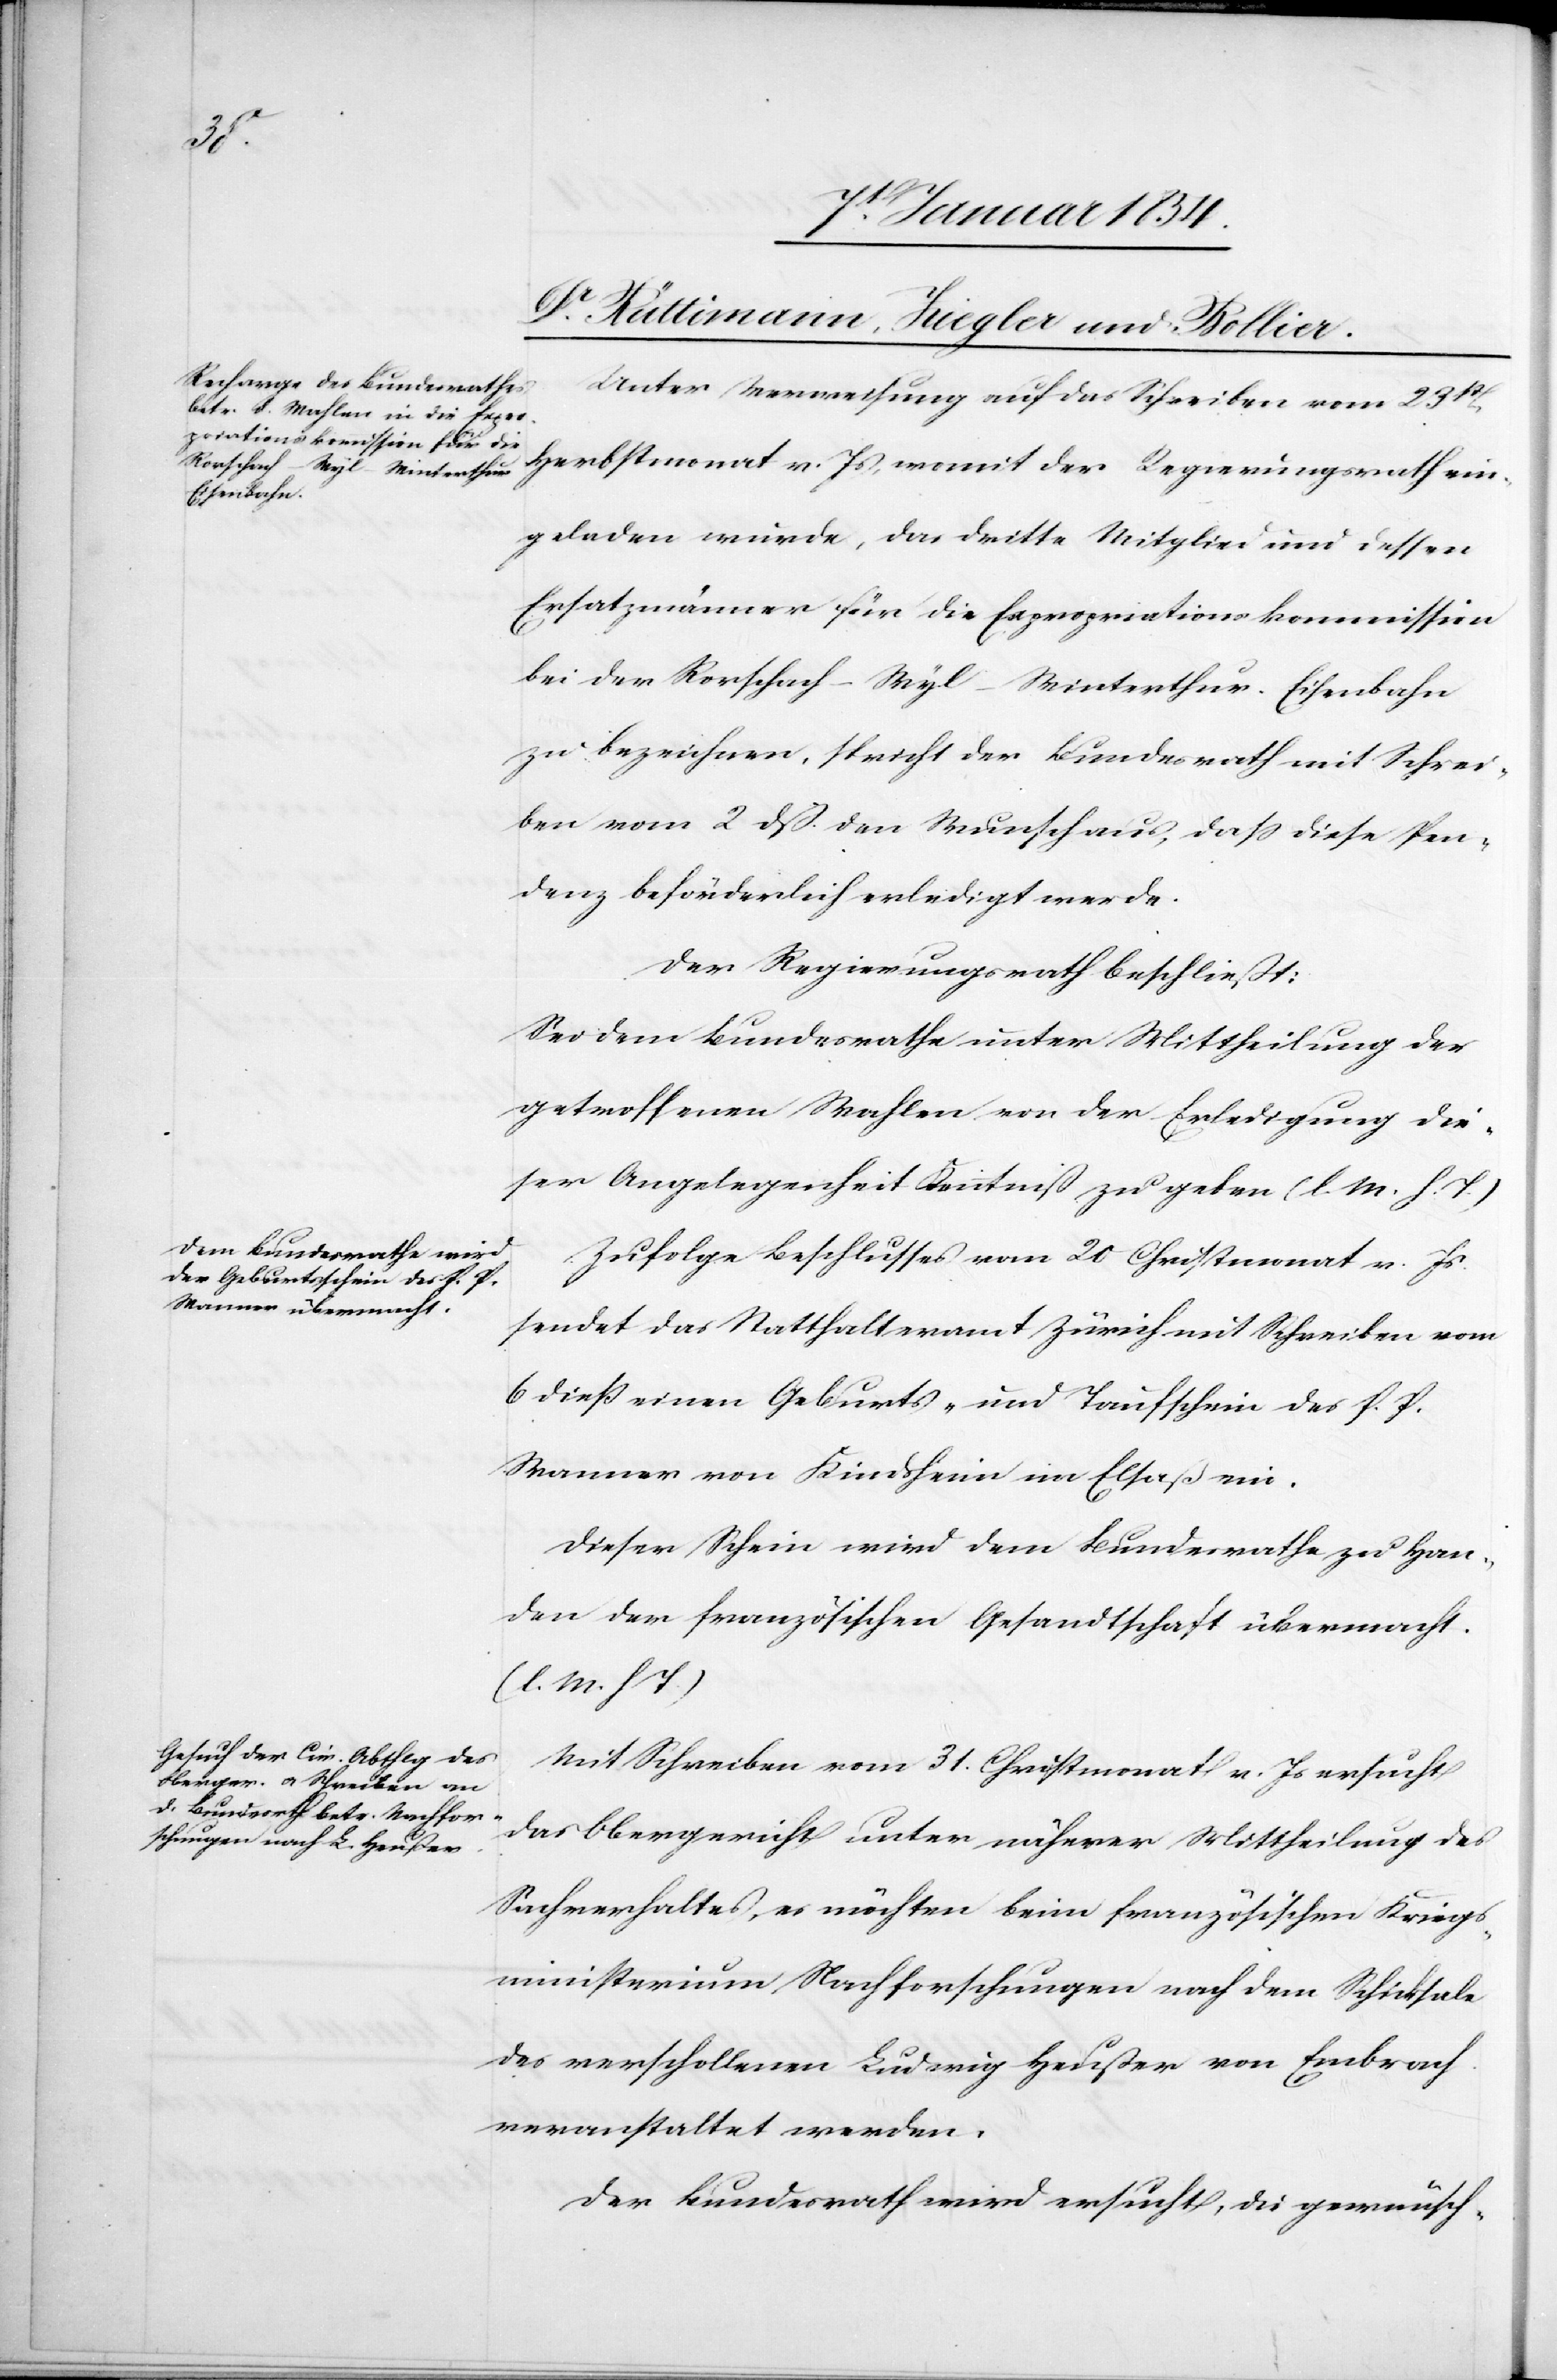
Unter Verweisung auf das Schreiben vom 23st[en]
Herbstmonat v. Js, womit der Regierungsrath ein¬
geladen wurde, das dritte Mitglied und dessen
Ersatzmänner für die Expropriationskommission
bei der Rorschach–Wyl–Winterthur-Eisenbahn
zu bezeichnen, spricht der Bundesrath mit Schrei¬
ben vom 2 dß. den Wunsch aus, daß diese Pen¬
denz beförderlich erledigt werde.
Der Regierungsrath beschließt:
Sei dem Bundesrathe unter Mittheilung der
getroffenen Wahlen von der Erledigung die¬
ser Angelegenheit Kenntniß zu geben (l. M. h. T.)
Zufolge Beschlusses vom 20 Christmonat v. Js.
sendet das Statthalteramt Zürich mit Schreiben vom
6 dieß einen Geburts- und Taufschein des P. P.
Wanner von Kindsheim im Elsaß ein.
Dieser Schein wird dem Bundesrathe zu Han¬
den der französischen Gesandtschaft übermacht.
(l. M. h. T.)
Mit Schreiben vom 31. Christmonat v. Js ersucht
das Obergericht unter näherer Mittheilung des
Sachverhaltes, es möchten beim französischen Kriegs¬
ministerium Nachforschungen nach dem Schicksale
des verschollenen Ludwig Heußer von Embrach
veranstaltet werden.
Der Bundesrath wird ersucht, die gewünsch-